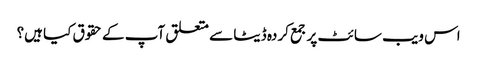
اس ویب سائٹ پر جمع کردہ ڈیٹا سے متعلق آپ کے حقوق کیا ہیں؟